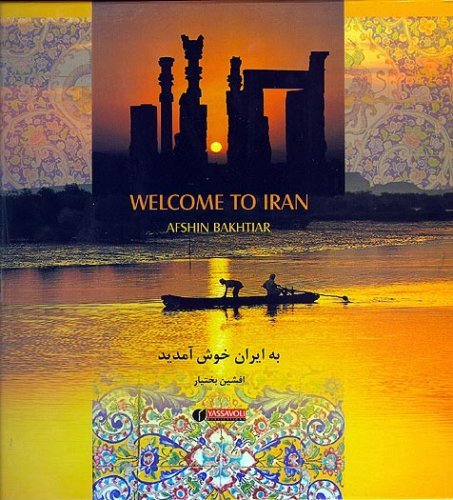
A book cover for Welcome to Iran; Afshin Bakhtiar; Travel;